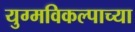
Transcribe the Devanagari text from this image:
युग्मविकल्पाच्या